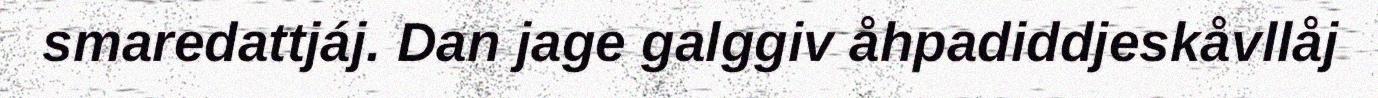
smaredattjáj. Dan jage galggiv åhpadiddjeskåvllåj